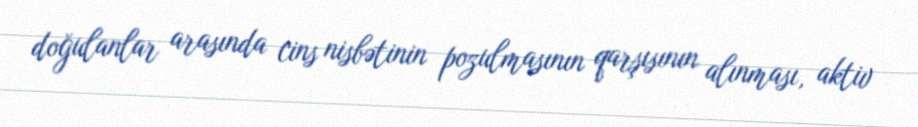
doğulanlar arasında cins nisbətinin pozulmasının qarşısının alınması, aktiv